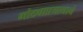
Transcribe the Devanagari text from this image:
मोठ्याप्रयत्नाने